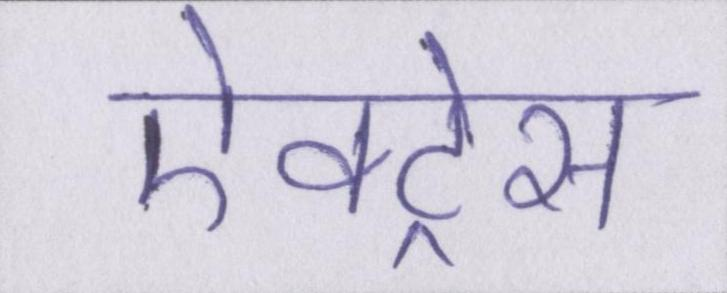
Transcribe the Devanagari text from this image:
ऐक्ट्रेस